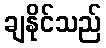
ချနိုင်သည်